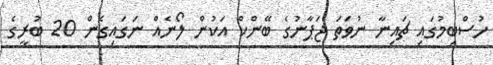
ހުސްބިމުގައި ޗައިނާ ނުވަތަ ޖަޕާނުގެ ބޭންކް އަކުން ލޯނެއް ނަގައިގެން 20 ބުރީގެ